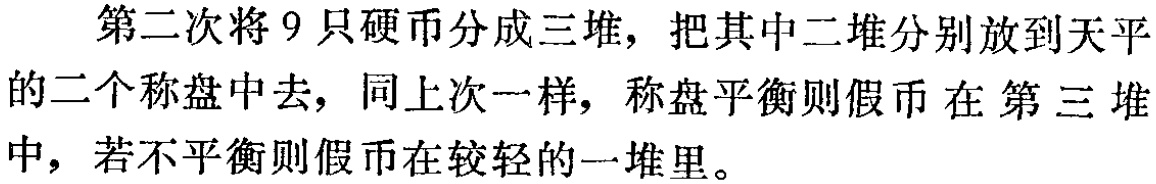
第二次将9只硬币分成三堆，把其中二堆分别放到天平的二个称盘中去，同上次一样，称盘平衡则假币在第三堆中，若不平衡则假币在较轻的一堆里。